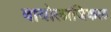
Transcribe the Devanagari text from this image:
बायोलाजिकल